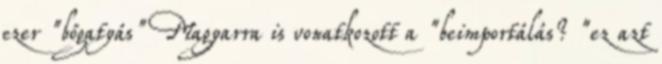
ezer "bőgatyás" Magyarra is vonatkozott a "beimportálás? "ez azt